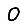
Digit: 0